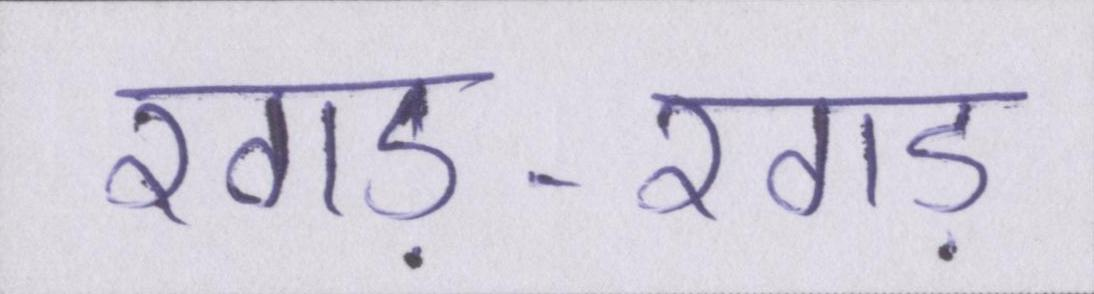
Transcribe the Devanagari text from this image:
रगड़-रगड़